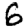
Digit: 6